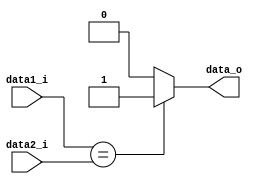
module Equality
(
    data1_i,
    data2_i,
    data_o
);

//Output 1'b1 if the two inputs are the same. 1'b0 otherwise.
//If the output is 1'b1 and the current state operation is Beq, PC must branch to the specified position.


input   [31:0]  data1_i;
input   [31:0]  data2_i;

output          data_o;

reg             data_o;

always @( data1_i or data2_i ) begin
    
    if ( data1_i == data2_i ) begin
        data_o <= 1'b1;
    end
    else begin
        data_o <= 1'b0;
    end

end

endmodule